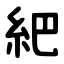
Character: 紦